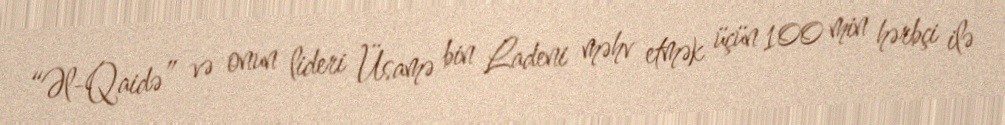
“Əl-Qaidə” və onun lideri Üsamə bin Ladeni məhv etmək üçün 100 min hərbçi ilə